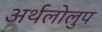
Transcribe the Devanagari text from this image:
अर्थलोलुप